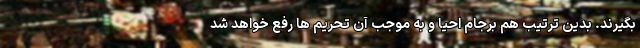
بگیرند. بدین ترتیب هم برجام احیا و به موجب آن تحریم ها رفع خواهد شد